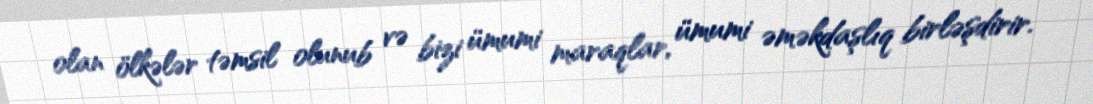
olan ölkələr təmsil olunub və bizi ümumi maraqlar, ümumi əməkdaşlıq birləşdirir.